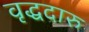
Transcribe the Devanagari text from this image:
वृद्धदारु